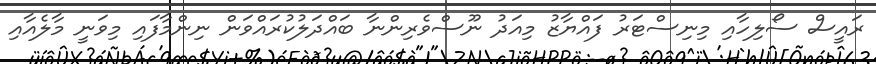
ރައީސް ސޯލިހާއި މިނިސްޓަރު ފައްޔާޒު މިއަދު ނޫސްވެރިންނާ ބައްދަލުކުރައްވަން ނިންމާފައި މިވަނީ މާލެއާއި